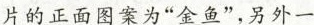
片的正面图案为”金鱼”，另外一